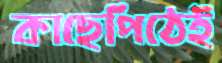
কাছেপিঠেই